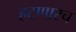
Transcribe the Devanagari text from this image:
हटणारच